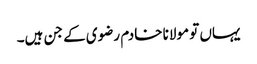
یہاں تو مولانا خادم رضوی کے جن ہیں۔